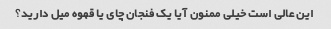
این عالی است خیلی ممنون آیا یک فنجان چای یا قهوه میل دارید؟